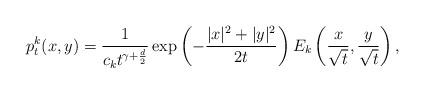
LaTeX: \begin{align*}p_t^k(x,y)=\frac{1}{c_kt^{\gamma+\frac{d}{2}}}\exp\left(-\frac{|x|^2+|y|^2}{2t}\right)E_k\left(\frac{x}{\sqrt{t}},\frac{y}{\sqrt{t}}\right),\end{align*}